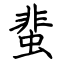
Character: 蜚